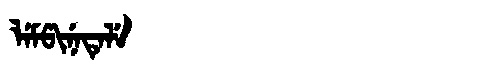
Manchu: ᠯᡝᠮᡦᡳᠨᡝᡨᡝᠯᡝ
Romanization: LEMPINETELE